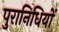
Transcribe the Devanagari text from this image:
पुरानिधियों